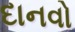
દાનવો